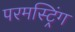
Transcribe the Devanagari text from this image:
परमस्ट्रिंग